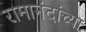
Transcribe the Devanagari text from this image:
रामानंदांच्या